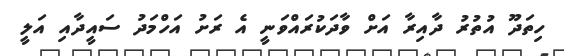
ހިތަދޫ އުތުރު ދާއިރާ އަށް ވާދަކުރައްވަނީ އެ ރަށު އަހްމަދު ސައީދާއި އަލީ